Lunatic asylums Bombay report 1891-1903 - 1891-1903
Year: 1891
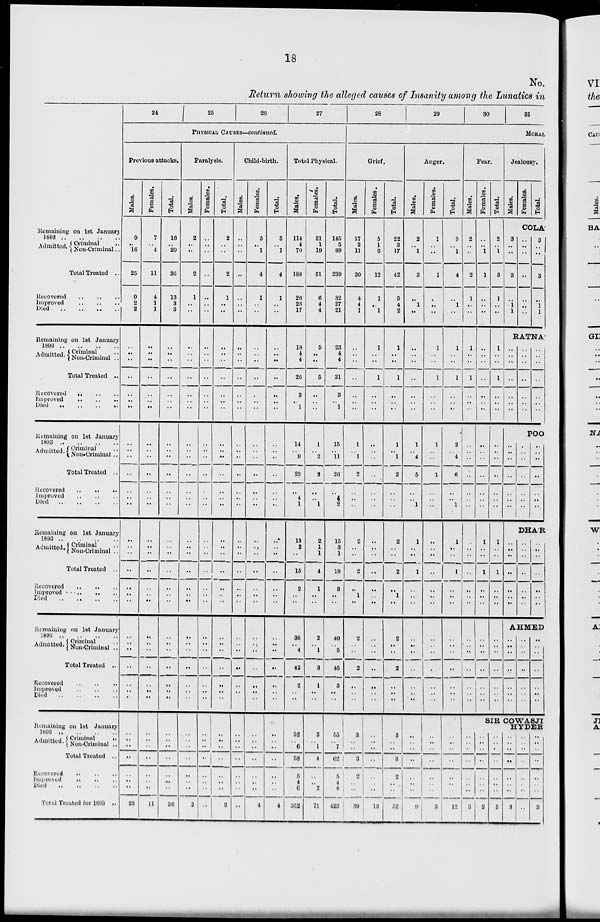
18
No.
Return showing the alleged causes of Insanity among the Lunatics in
Remaining on 1st January
1893
..
..
..
..
Admitted.
Criminal ..
Non-Criminal..
Total Treated ..
Recovered
..
..
..
Improved .. .. ..
Died .. .. .. ..
Remaining on 1st January
1893
..
..
..
..
Admitted. Criminal ..
Non-Criminal ..
Total Treated ..
Recovered
..
..
..
Improved
..
..
..
Died
..
..
..
..
..
Remaining on 1st January
1893 .. .. .. ..
Admitted. Criminal ..
Non-Criminal ..
Total Treated ..
Recovered
..
..
..
Improved
..
..
..
Died .. .. .. ..
Remaining on 1st January
1893
..
..
..
..
Admitted. Criminal ..
Non-Criminal ..
Total Treated ..
Recovered .. .. ..
Improved
..
..
..
..
Died
..
..
..
..
Remaining on 1st January
1893 .. .. .. ..
Admitted. Criminal ..
Non-Criminal ..
Total Treated ..
Recovered
..
..
..
Improved
..
..
..
Died .. .. .. ..
Remaining on 1st January
1893 .. .. .. ..
Admitted. Criminal
..
Non-Criminal ..
Total Treated ..
Recovered
..
..
..
Improved
..
..
..
Died
..
..
..
..
Total Treated for 1803 ..
24
25
26
27
PHYSICAL CAUSES —continued.
Previous attacks.
Males.
9
..
16
25
9
2
2
..
..
..
..
..
. .
. .
..
..
..
..
..
..
..
. .
..
..
..
..
. .
. .
..
. .
. .
..
..
..
..
..
..
..
..
..
. .
..
25
Females.
7
..
4
11
4
1
1
..
..
..
..
..
..
..
..
..
..
..
..
..
..
..
..
..
..
..
..
..
..
. .
..
..
..
..
..
..
..
..
..
..
..
..
11
Total.
16
..
20
36
13
3
3
..
..
..
..
..
..
..
..
..
..
..
..
..
..
..
..
..
..
..
..
. .
..
..
..
..
..
..
..
..
..
..
..
..
..
..
36
Paralysis.
Males.
2
..
..
2
1
..
..
..
..
..
..
..
..
. .
..
..
..
..
..
..
..
..
..
..
..
..
..
..
..
..
..
..
..
..
..
..
..
..
..
..
..
..
2
Females.
..
..
..
..
..
..
..
..
..
..
..
..
..
. .
..
..
..
..
..
..
..
..
..
..
..
..
..
..
..
..
..
..
..
..
..
Total.
2
..
..
2
1
..
..
..
..
..
..
..
..
. .
..
..
..
..
..
..
..
..
..
..
..
..
..
..
..
..
..
..
..
..
..
..
..
..
..
..
..
..
..
..
..
..
..
..
..
..
2
Child-birth.
Males.
..
..
..
..
..
..
..
..
..
..
..
..
..
..
..
..
..
..
..
..
..
..
..
..
..
..
..
..
..
..
..
..
..
..
..
..
..
..
..
..
..
..
..
Females.
3
..
1
4
1
..
..
..
..
..
..
..
..
..
..
..
..
..
..
..
..
..
..
..
..
..
..
..
..
..
..
..
..
..
..
..
..
..
..
..
..
..
4
Total.
3
..
1
4
1
..
..
..
..
..
..
..
..
..
..
..
..
..
..
..
..
..
..
..
..
..
..
. .
..
..
..
..
. .
..
. .
..
..
..
..
..
..
..
4
Total Physical.
Males.
114
4
70
188
26
23
17
18
4
4
26
3
..
1
14
..
9
23
..
4
1
13
2
..
15
2
..
. .
38
..
4
42
2
..
..
52
..
6
58
5
4
6
352
Females.
31
1
19
51
6
4
4
5
..
..
5
..
..
..
1
..
2
3
..
..
1
2
1
1
4
1
..
..
2
..
1
3
1
..
..
3
..
1
4
..
..
2
71
Total.
145
5
89
239
32
27
21
23
4
4
31
3
..
1
15
..
11
26
..
4
2
15
3
1
19
3
..
..
40
..
5
45
3
..
..
55
..
7
62
5
4
8
123
28
29
30
31
MORAL
Grief.
Males.
17
2
11
30
4
4
1
..
..
..
..
..
. .
. .
1
..
1
2
..
..
..
2
. .
..
2
..
1
..
2
..
..
2
..
..
..
3
..
3 3
2
..
..
39
Females.
5
1
6
12
1
..
1
1
..
..
1
..
..
. .
..
..
..
..
..
..
..
..
. .
..
..
..
..
..
..
..
..
..
..
..
..
..
..
..
..
..
..
18
Total.
22
3
17
42
5
4
2
1
..
. .
1
..
..
..
1
..
1
2
..
..
..
2
..
..
2
..
1
..
2
. .
..
2
..
..
..
3
..
..
3
2
..
..
52
Anger.
Males.
2
..
1
3
..
1
..
..
..
..
..
..
..
. .
1
..
4
5
..
..
1
1
..
. .
1
..
..
..
..
..
..
..
..
..
..
..
..
..
..
..
..
..
9
Females.
1
..
..
1
..
..
..
1
..
..
1
..
..
. .
1
..
..
1
..
..
..
..
..
..
..
..
..
. .
..
..
..
..
..
..
..
..
..
..
..
..
..
..
..
Total.
3
..
1
4
..
1
..
1
..
..
1
..
..
. .
2
..
4
6
..
..
1
1
..
..
1
..
..
..
..
..
..
..
..
..
..
..
..
..
..
..
..
..
..
Fear.
Males.
2
..
..
2
1
..
..
1
..
..
1
..
..
..
..
..
..
..
..
..
..
..
..
..
..
..
..
Females.
..
..
1
1
..
..
..
..
..
..
..
..
..
..
..
..
..
..
..
..
1
..
..
1
..
..
..
..
..
..
..
..
..
..
..
..
..
..
..
..
..
Total.
2
..
1
3
1
..
..
1
..
..
1
..
..
..
. .
..
..
..
..
..
..
1
..
..
1
..
..
..
..
..
..
..
..
..
..
Jealousy.
Males.
Females.
Total.
COLA'
3
..
..
3
..
1
1
..
..
..
..
..
..
..
3
..
..
3
..
1
1
RATNA.
..
..
..
..
..
..
..
..
..
..
..
..
..
..
..
..
..
..
..
..
..
POO
..
..
..
..
..
..
..
..
. .
..
..
..
..
..
..
..
..
..
..
..
DHAR
..
..
..
..
..
..
..
..
..
..
..
..
..
..
..
..
..
..
..
..
..
AHMED
..
..
..
..
..
..
..
..
..
..
..
..
..
..
..
..
..
..
..
..
..
SIR COWASJI
HYDER
..
..
..
..
..
..
..
3
..
..
..
..
..
..
..
2
..
..
..
..
..
..
..
5
..
..
..
. .
..
..
..
3
..
..
..
..
..
..
..
..
..
..
..
..
..
..
..
3